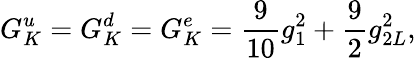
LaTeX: G_{K}^{u}=G_{K}^{d}=G_{K}^{e}={\frac{9}{10}}g_{1}^{2}+{\frac{9}{2}}g_{2L}^{2},